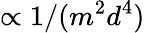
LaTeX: \propto 1/(m^{2}d^{4})